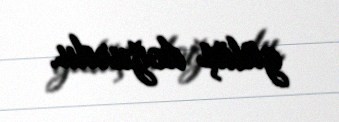
gülüş doğurdu.